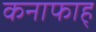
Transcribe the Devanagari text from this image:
कनाफाह्